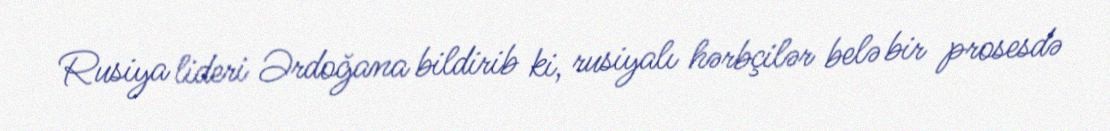
Rusiya lideri Ərdoğana bildirib ki, rusiyalı hərbçilər belə bir prosesdə